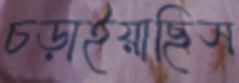
চড়াইয়াছিস